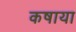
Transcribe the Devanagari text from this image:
कषाया